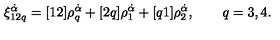
\xi _ { 1 2 q } ^ { \dot { \alpha } } = [ 1 2 ] \rho _ { q } ^ { \dot { \alpha } } + [ 2 q ] \rho _ { 1 } ^ { \dot { \alpha } } + [ q 1 ] \rho _ { 2 } ^ { \dot { \alpha } } , \qquad q = 3 , 4 .